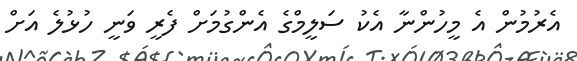
އެރުމުން އެ މީހުންނާ އެކު ސަލީމްގެ އެންގުމަށް ފެރީ ވަނީ ހުޅުލެ އަށް